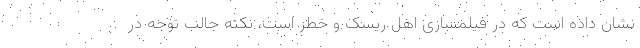
نشان داده است که در فیلمسازی اهل ریسک و خطر است، نکته جالب توجه در